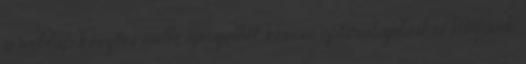
a weblap készítés mellé igényelhet kereső optimalizálást is Műfüvek